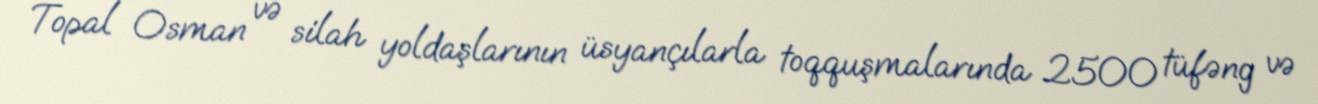
Topal Osman və silah yoldaşlarının üsyançılarla toqquşmalarında 2500 tüfəng və